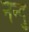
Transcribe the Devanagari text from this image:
नन्दु